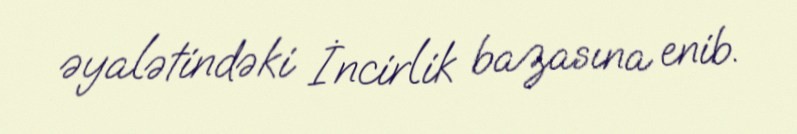
əyalətindəki İncirlik bazasına enib.